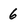
Character: 6